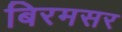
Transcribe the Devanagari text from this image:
बिरमसर